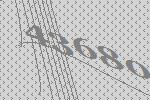
43680